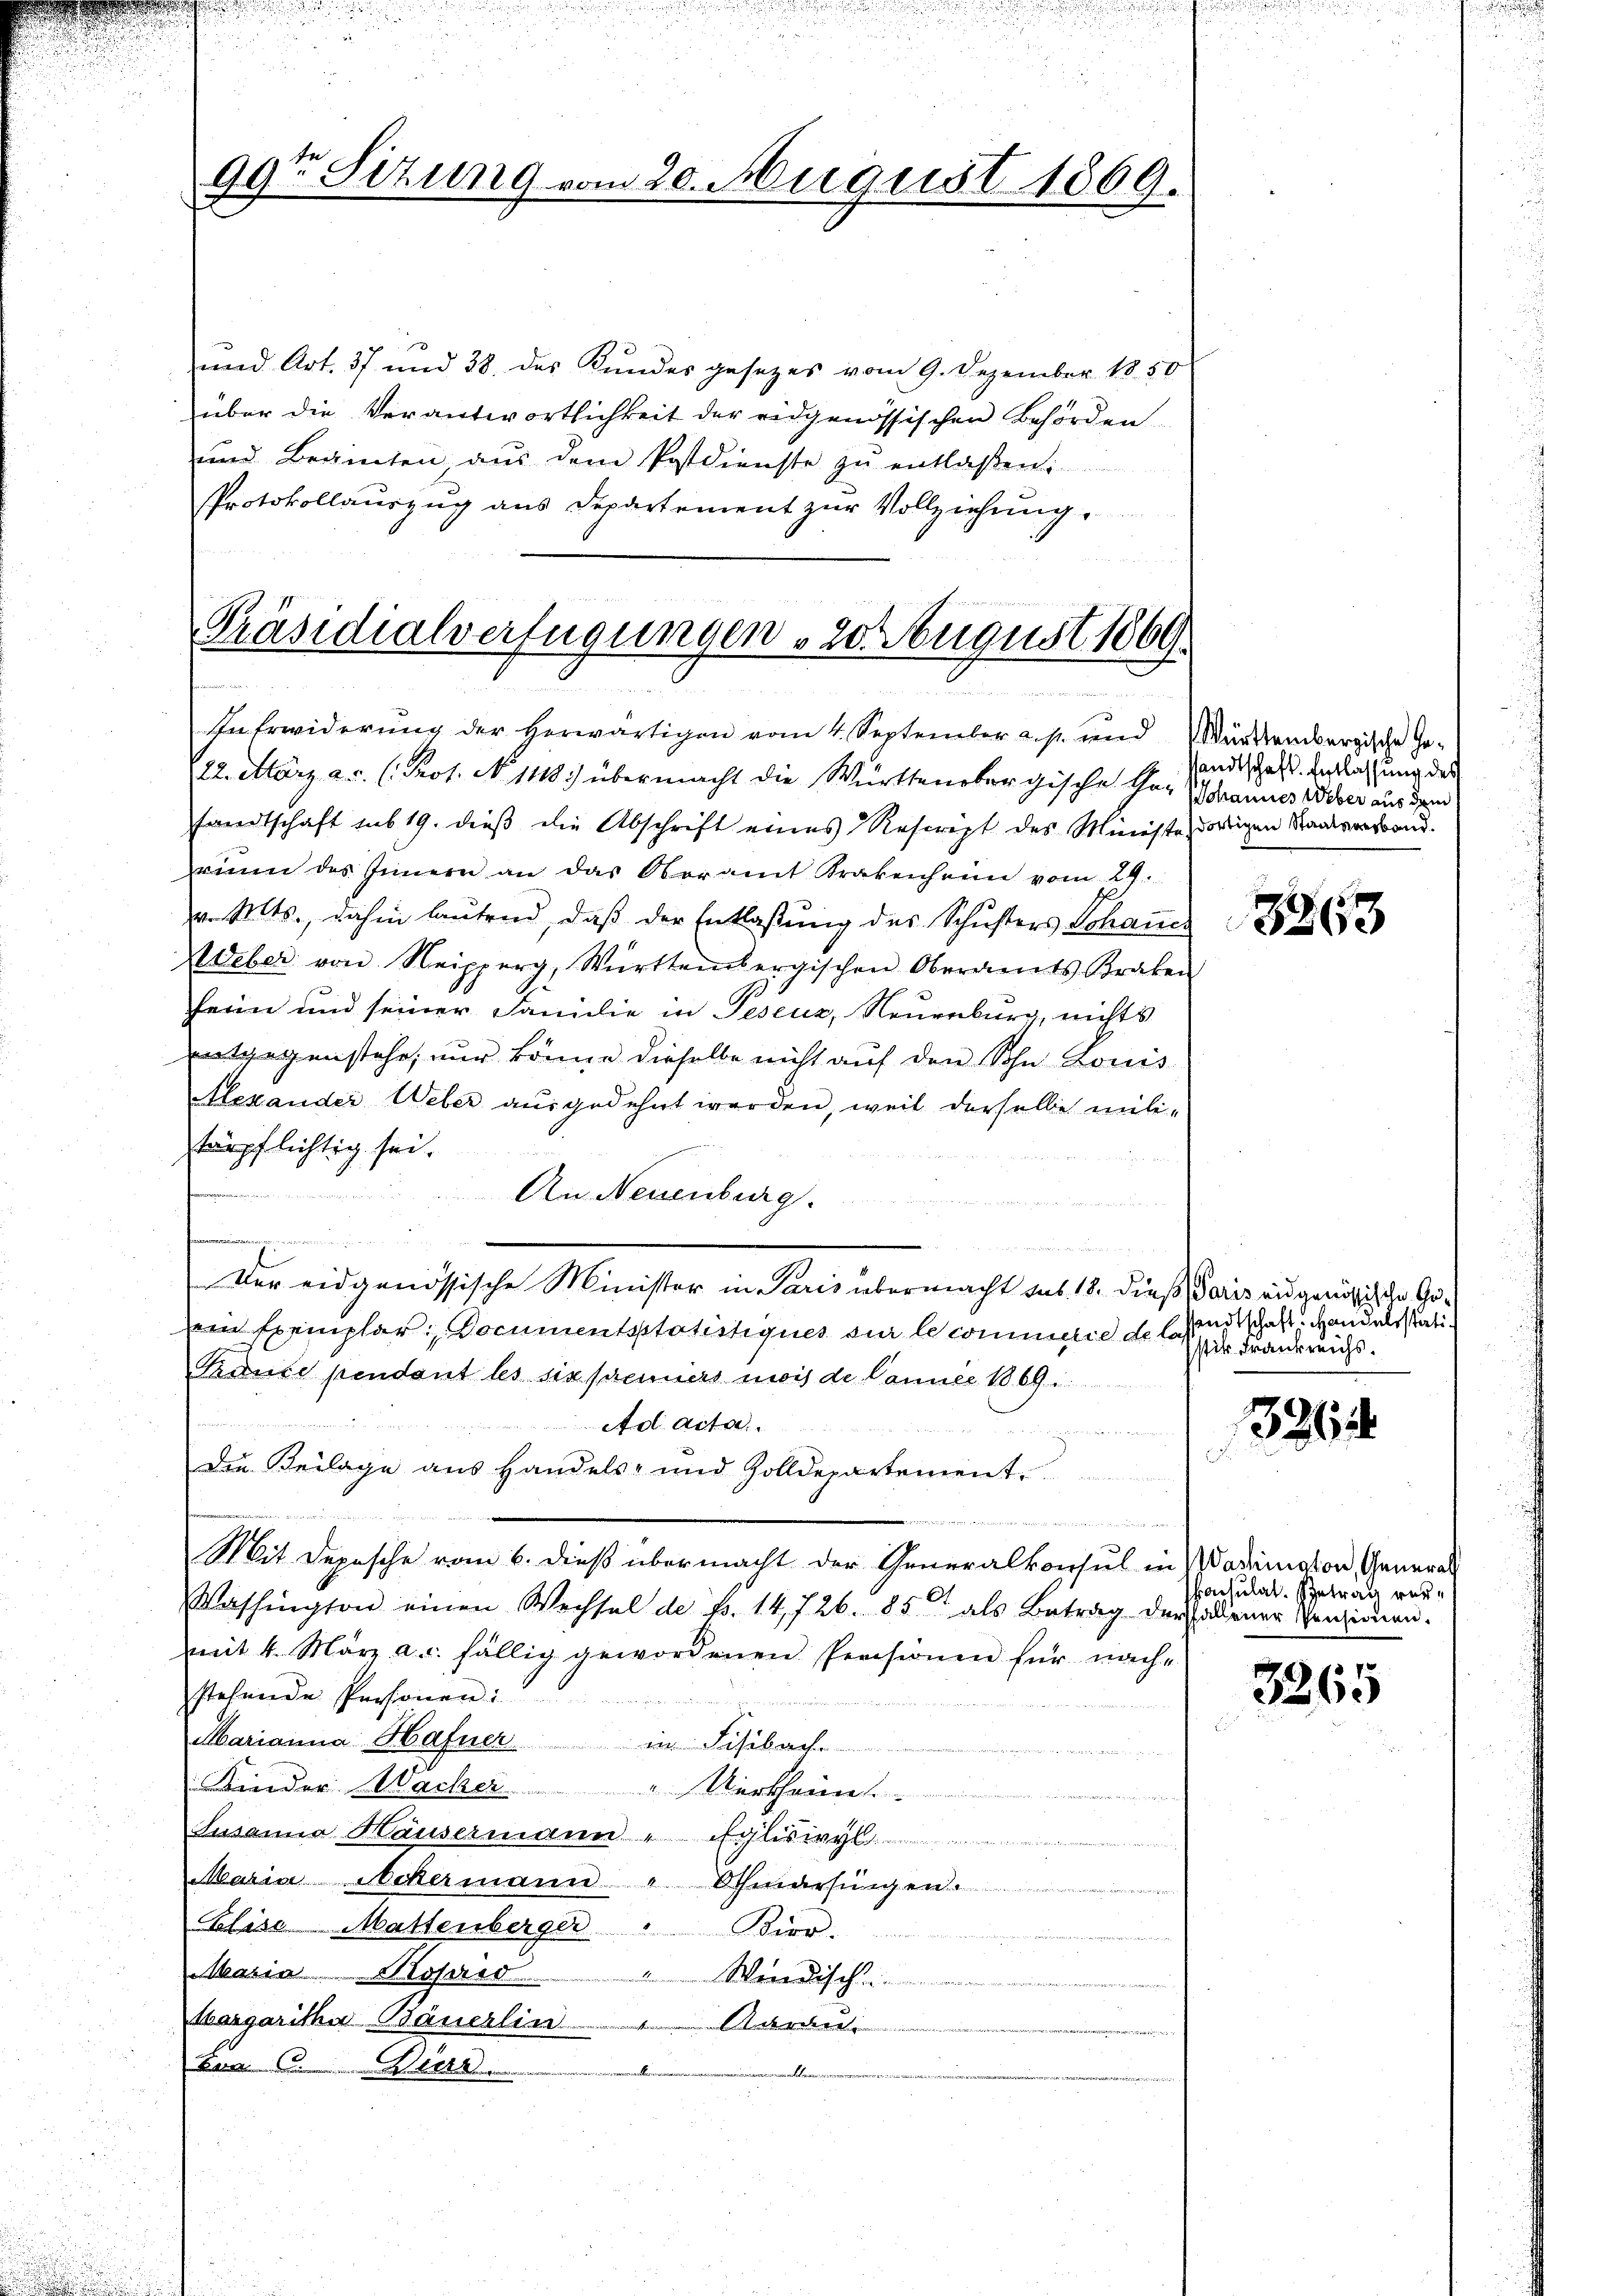
und Art. 37 und 38 des Kundes gesezes vom 9. Dezember 1850
über die Verantwortlichkeit der eidgenössischen Behörden
und Beginten, aŭs dem Postdienste zŭ entlassen.
Protokollauszug aus Departement zur Vollziehung

Präsidialverfügungen 20. August 1869.

In Erwiderung der herwärtigen vom 4. September a. p. und Württembergische Ge-
22. März a.c. (Prot. No 1118) übermacht die Württenbergische Gor Schrannes Weber aus dem
fandtschaft sub 19. dieβ die Abschrift eines Rescript des Ministe dortigen Staatsverstand.
rinn des Innern an das Oberamt Krakenheim vom 24.
v. Mts., dahin laŭtend, daβ der Entlassŭng des Schŭsters Schauer
WUeber von Reipperg, Württembergischen Oberamts Kraken
fein und seiner Familie in Peseuz, Neuenburg, nichts
entgegenstehe, nur könne dieselbe nicht auf den Sohn Louis
Alexander Weber ausgedehnt werden, weil derselbe militärpflichtig sei.
d
An Neuenburg.
u
Der eidgenössische Minister in Paris übermacht das 18. dieß, Paris eidgenössische Geein Exemplar, Documentsstatistiques sur le commilie dessenschaft. Handelsstati¬
Raute pendant les six premiers mois de Canner 1869.
Ad acta
acommung
Die Beilage aus Handels- und Zolldepartement
wagen, ich wenn sich den schen Kindet wir
Mit Depesche vom 6. dieß übermacht der Generalkonsul in Wadiation General
Washington einen Wechsel de fr. 14,726. 85 als Betrag der sollener Penzionen-
mmit 4. März a. c. fällig gewordenen Persionen für nach-
stehende Personen:
Marianna Hafner
im Fisibach.
Kinder Wacker "Uertheim.
Susanna Häusermann " Egliswyl
Maria Ackermann " Othmarsingen.
Elise Mattenberger
Kerr.
Maria Mosered
Marsch
Margaritha Bauerlin " Aarau
tum 10. Wierz
man an

u

99te Sitzung vom 20. August 1869.

sandtschaft. Entlassung des

3263

istis Frankreichs.

396

konsulat. Betrag ver¬

3365